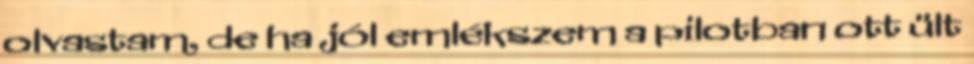
olvastam, de ha jól emlékszem a pilotban ott ült